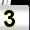
Digit: 3